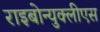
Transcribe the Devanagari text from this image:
राइबोन्युक्लीएस